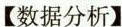
【数据分析】